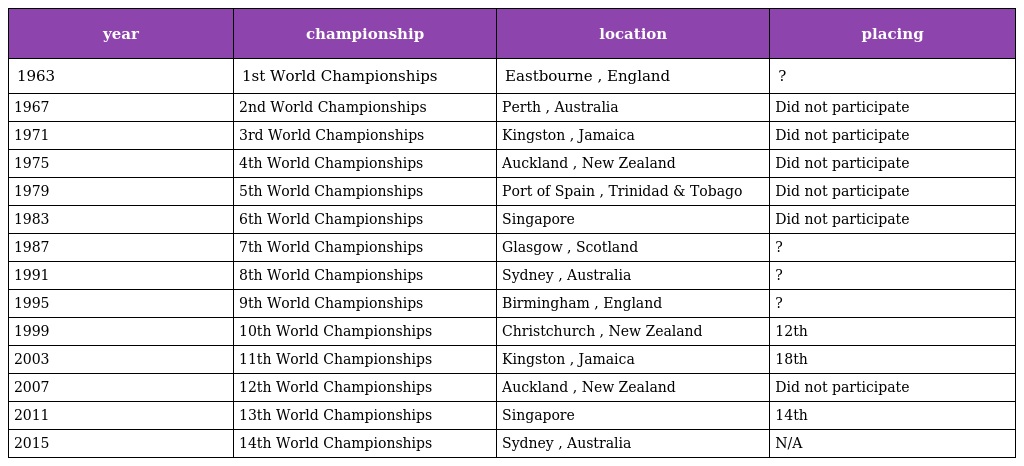
| year | championship | location | placing |
 | --- | --- | --- | --- |
 | 1963 | 1st World Championships | Eastbourne , England | ? |
 | 1967 | 2nd World Championships | Perth , Australia | Did not participate |
 | 1971 | 3rd World Championships | Kingston , Jamaica | Did not participate |
 | 1975 | 4th World Championships | Auckland , New Zealand | Did not participate |
 | 1979 | 5th World Championships | Port of Spain , Trinidad & Tobago | Did not participate |
 | 1983 | 6th World Championships | Singapore | Did not participate |
 | 1987 | 7th World Championships | Glasgow , Scotland | ? |
 | 1991 | 8th World Championships | Sydney , Australia | ? |
 | 1995 | 9th World Championships | Birmingham , England | ? |
 | 1999 | 10th World Championships | Christchurch , New Zealand | 12th |
 | 2003 | 11th World Championships | Kingston , Jamaica | 18th |
 | 2007 | 12th World Championships | Auckland , New Zealand | Did not participate |
 | 2011 | 13th World Championships | Singapore | 14th |
 | 2015 | 14th World Championships | Sydney , Australia | N/A |